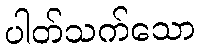
ပါတ်သက်သော